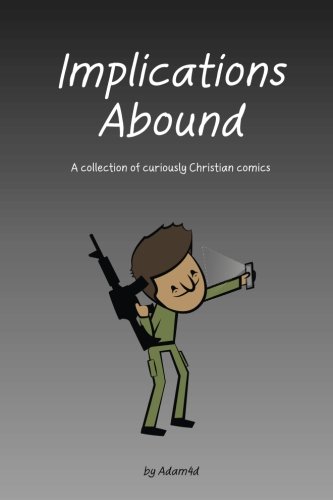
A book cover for Implications Abound: A collection of curiously Christian comics; Adam4d; Comics & Graphic Novels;